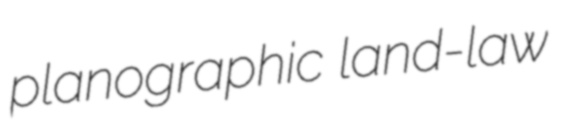
planographic land-law